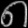
Digit: ၈